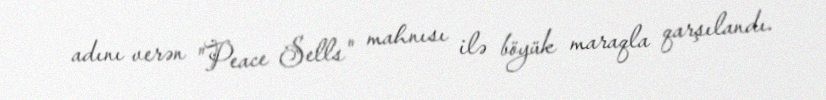
adını verən "Peace Sells" mahnısı ilə böyük maraqla qarşılandı.